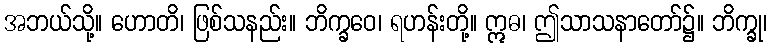
အဘယ်သို့။ ဟောတိ၊ ဖြစ်သနည်း။ ဘိက္ခဝေ၊ ရဟန်းတို့။ ဣဓ၊ ဤသာသနာတော်၌။ ဘိက္ခု၊